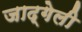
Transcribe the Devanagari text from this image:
जाद्गेली